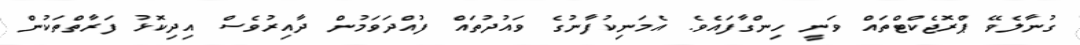
ގުނާލެވޭ ޕްރޮޖެކްޓްތައް ވަނީ ހިންގާފައެވެ. އެމަނިކުފާނުގެ ވައުދުތައް ފުއްދަވަމުން ދާއިރުވެސް އިދިކޮޅު ފަރާތްތަކުން